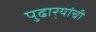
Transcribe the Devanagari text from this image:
पुढार्‍यांची